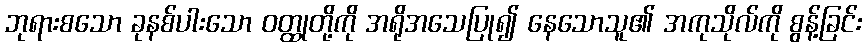
ဘုရားစသော ခုနစ်ပါးသော ဝတ္ထုတို့ကို အရိုအသေပြု၍ နေသောသူ၏ အကုသိုလ်ကို စွန့်ခြင်း